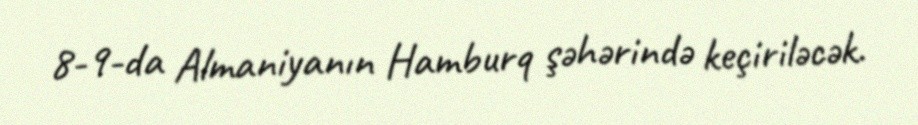
8-9-da Almaniyanın Hamburq şəhərində keçiriləcək.